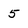
Character: 5